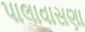
પાલાવાસણા